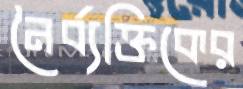
নৈর্ব্যক্তিকের